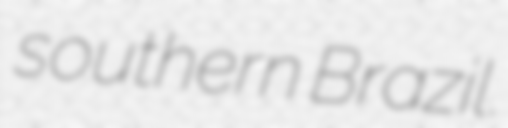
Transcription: southern Brazil.